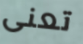
تعنى